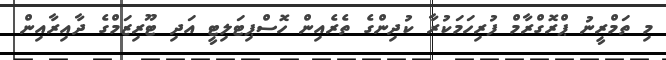
މި ތަމްރީނު ޕްރޮގްރާމް ފުރިހަމަކުރާ ކުދިންގެ ތެރެއިން ހޮސްޕިޓަލިޓީ އަދި ޓޫރިޒަމްގެ ދާއިރާއިން